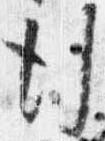
行